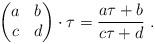
LaTeX: \begin{align*} \left(\begin{matrix}a&b\\c&d\end{matrix}\right) \cdot \tau = \frac{a\tau + b}{c\tau + d} \ .\end{align*}